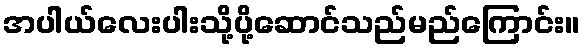
အပါယ်လေးပါးသို့ပို့ဆောင်သည်မည်ကြောင်း။